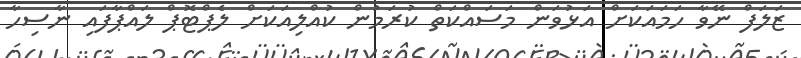
ޒަލަފް ނޭވާ ހަމައަކަށް އަޅުވަން މަސައްކަތް ކުރަމުން ކުއްލިއަކަށް ލެޕްޓޮޕް ލައްޕާފައި ނާސިހާ